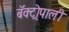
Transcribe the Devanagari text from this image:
बॅक्ट्रोपाली